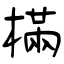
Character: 樠